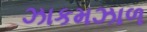
ઝાકમઝાળ